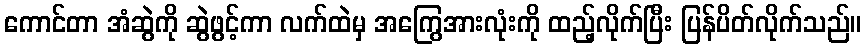
ကောင်တာ အံဆွဲကို ဆွဲဖွင့်ကာ လက်ထဲမှ အကြွေအားလုံးကို ထည့်လိုက်ပြီး ပြန်ပိတ်လိုက်သည်။